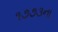
૧૭૭૩ના